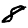
Digit: 8